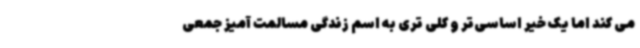
می کند اما یک خیر اساسی‌تر و کلی تری به اسم زندگی مسالمت آمیز جمعی